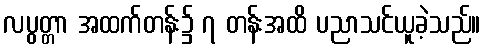
လပွတ္တာ အထက်တန်း၌ ၇ တန်းအထိ ပညာသင်ယူခဲ့သည်။